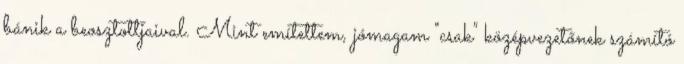
bánik a beosztottjaival. Mint emítettem, jómagam "csak" középvezetőnek számító